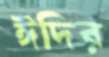
ঈদির